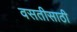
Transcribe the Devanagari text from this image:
वसतीसाठी